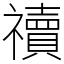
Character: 䄣